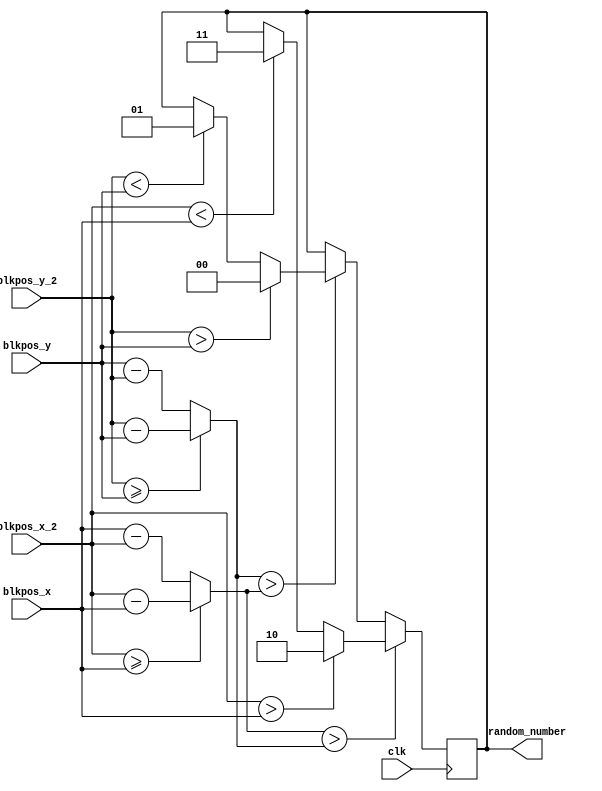
`timescale 1ns / 1ps
//////////////////////////////////////////////////////////////////////////////////
// Company: 
// Engineer: 
// 
// Design Name: 
// Module Name: box_control
// Project Name: 
// Target Devices: 
// Tool Versions: 
// Description: 
// 
// Dependencies: 
// 
// Revision:
// Revision 0.01 - File Created
// Additional Comments:
// 
//////////////////////////////////////////////////////////////////////////////////


module box_control(
    input clk,
    input [10:0] blkpos_x,
    input [9:0] blkpos_y,
    input [10:0] blkpos_x_2,
    input [9:0] blkpos_y_2, 
    output reg [1:0] random_number // 2-bit direction output
);

reg [10:0] delta_x, delta_y;

always @(posedge clk) begin
    // Declare variables to store differences
      // Assume N is the bit-width of blkpos_x and blkpos_y
    // Calculate the differences
    delta_x = blkpos_x_2 >= blkpos_x ? blkpos_x_2 - blkpos_x : blkpos_x - blkpos_x_2;
    delta_y = blkpos_y_2 >= blkpos_y ? blkpos_y_2 - blkpos_y : blkpos_y - blkpos_y_2;

    // Compare deltas and decide direction
    if (delta_x > delta_y) begin
        // Movement based on X-coordinate
        if (blkpos_x_2 > blkpos_x) begin
            random_number <= 2'd2;  // Move left
        end else if (blkpos_x_2 < blkpos_x) begin
            random_number <= 2'd3;  // Move right
        end
    end else if (delta_y > delta_x) begin
        // Movement based on Y-coordinate
        if (blkpos_y_2 > blkpos_y) begin
            random_number <= 2'd0;  // Move down
        end else if (blkpos_y_2 < blkpos_y) begin
            random_number <= 2'd1;  // Move up
        end
    end else begin
        // If deltas are equal or positions are the same, maintain current direction
        random_number <= random_number;
    end
end



endmodule